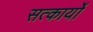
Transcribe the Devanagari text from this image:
सत्कार्यो